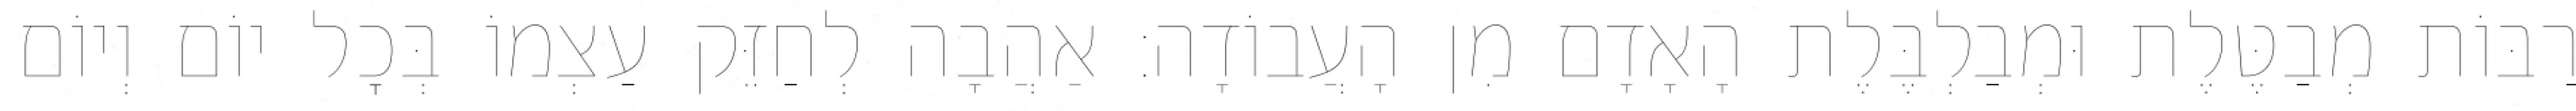
רַבּוֹת מְבַטֶּלֶת וּמְבַלְבֶּלֶת הָאָדָם מִן הָעֲבוֹדָה: אַהֲבָה לְחַזֵּק עַצְמוֹ בְּכׇל יוֹם וְיוֹם